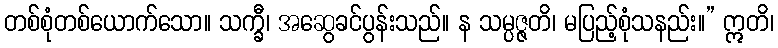
တစ်စုံတစ်ယောက်သော။ သက္ခီ၊ အဆွေခင်ပွန်းသည်။ န သမ္ပဇ္ဇတိ၊ မပြည့်စုံသနည်း။” ဣတိ၊